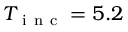
{ T _ { \mathrm { ~ i ~ n ~ c ~ } } = 5 . 2 }